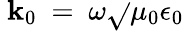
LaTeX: ~\mathbf{k}_{0}~=~\omega{\sqrt{}{{\mu_{0}\epsilon_{0}}}}